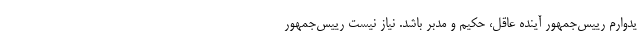
یدوارم رییس‌جمهور آینده عاقل، حکیم و مدبر باشد. نیاز نیست رییس‌جمهور